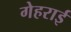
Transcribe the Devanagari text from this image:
गेहराई